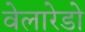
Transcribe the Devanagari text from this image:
वेलारेडो